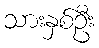
သားနှစ်ဦး